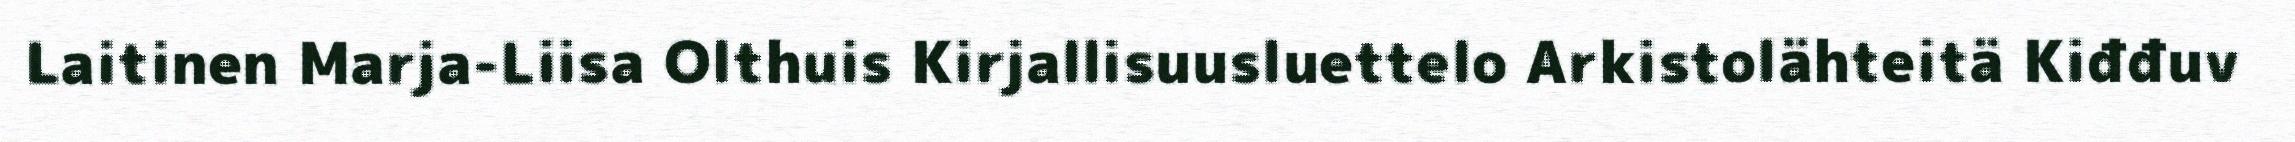
Laitinen Marja-Liisa Olthuis Kirjallisuusluettelo Arkistolähteitä Kiđđuv